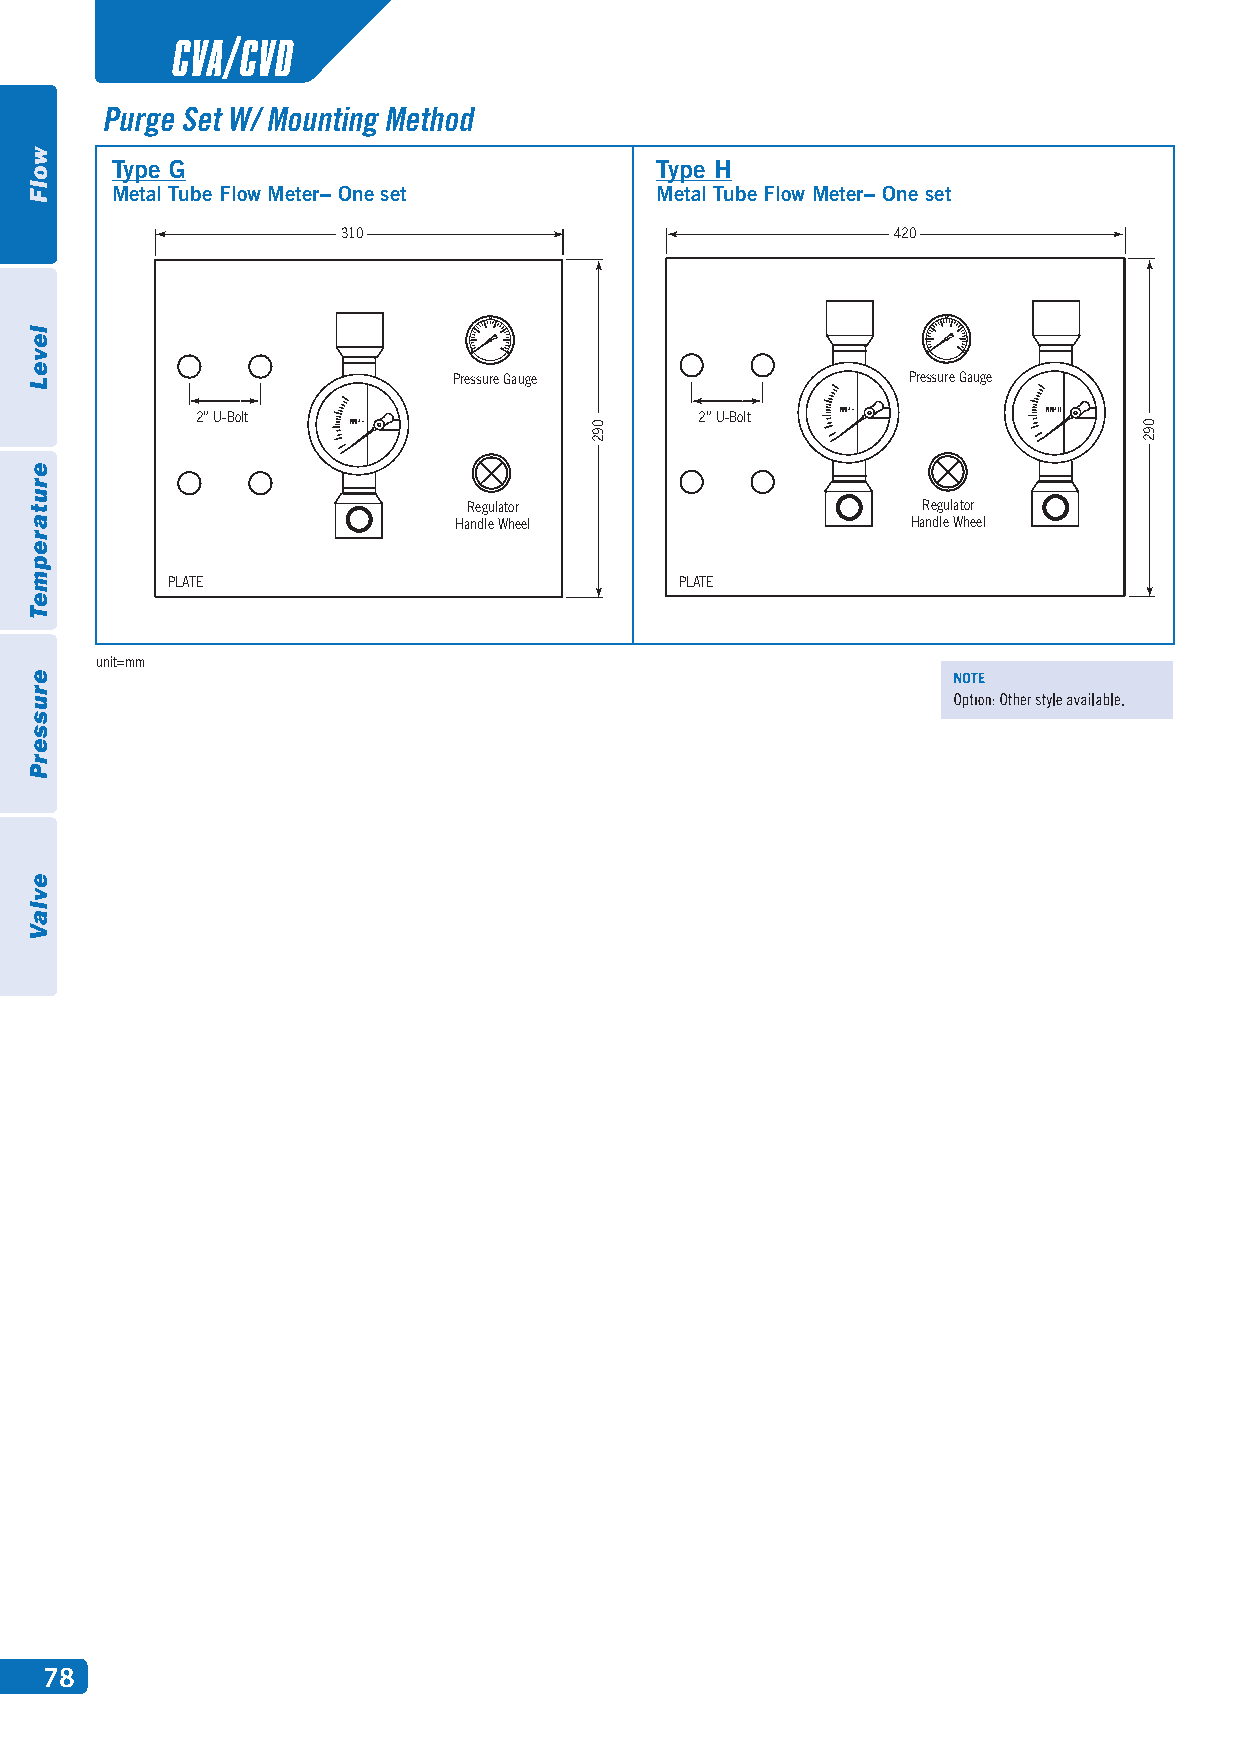
CVA/CVD
 Purge Set W/ Mounting Method
 Type G                              Type H
 Metal Tube Flow Meter− One set      Metal Tube Flow Meter− One set
 310                                 420
 Pressure Gauge                Pressure Gauge
 2” U-Bolt                        2” U-Bolt NM³          NM³
 NM³
 Regulator                     Regulator
 Handle Wheel                  Handle Wheel
 PLATE                             PLATE
 unit=mm
 78
 wolF
 leveL
 erutarepmeT
 erusserP
 evlaV
 092                                  092